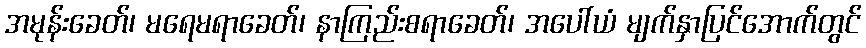
အမုန်းခေတ်၊ မရေမရာခေတ်၊ နာကြည်းစရာခေတ်၊ အပေါ်ယံ မျက်နှာပြင်အောက်တွင်